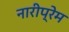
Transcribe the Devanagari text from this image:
नारीप्रेम